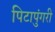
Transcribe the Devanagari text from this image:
पिटापुंगरी